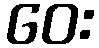
ဝေး